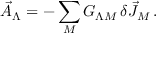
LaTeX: \vec { A } _ { \Lambda } = - \sum _ { M } G _ { \Lambda M } \, \delta \vec { J } _ { M } \, .